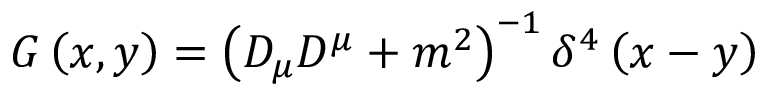
G \left( x , y \right) = \left( D _ { \mu } D ^ { \mu } + m ^ { 2 } \right) ^ { - 1 } \delta ^ { 4 } \left( x - y \right)